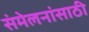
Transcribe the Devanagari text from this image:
संमेलनांसाठी